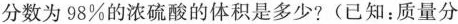
分数为98\%的浓硫酸的体积是多少?(已知：质量分